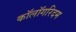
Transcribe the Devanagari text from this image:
कॉलॉगरिदम